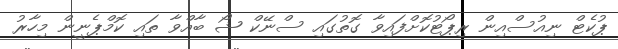
ޕުކެޓް ނިއުސްއިން ރިޕޯޓުކޮށްފައިވާ ގޮތުގައި ސްނޭކް ޝޯ ބާއްވާ ތައި ކޮމްޕެނީން މިހާރު